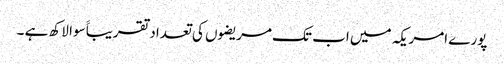
پورے امریکہ میں اب تک مریضوں کی تعداد تقریباََ سوا لاکھ ہے ۔